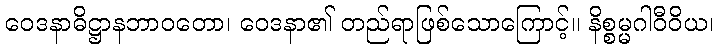
ဝေဒနာဓိဋ္ဌာနဘာဝတော၊ ဝေဒနာ၏ တည်ရာဖြစ်သောကြောင့်။ နိစ္စမ္မဂါဝီဝိယ၊